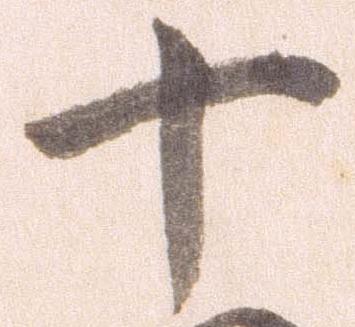
十